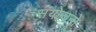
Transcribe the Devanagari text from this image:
संयोजनो